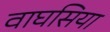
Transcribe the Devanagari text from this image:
वाघसिया